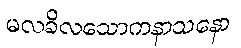
မလခိလသောကနာသနော